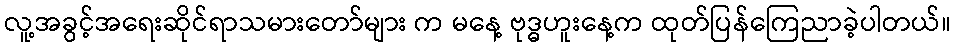
လူ့အခွင့်အရေးဆိုင်ရာသမားတော်များ က မနေ့ ဗုဒ္ဓဟူးနေ့က ထုတ်ပြန်ကြေညာခဲ့ပါတယ်။